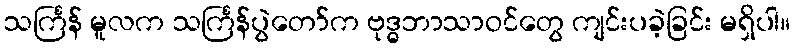
သင်္ကြန် မူလက သင်္ကြန်ပွဲတော်က ဗုဒ္ဓဘာသာဝင်တွေ ကျင်းပခဲ့ခြင်း မရှိပါ။